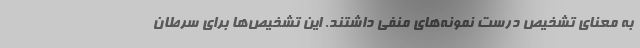
به معنای تشخیص درست نمونه‌های منفی داشتند. این تشخیص‌ها برای سرطان